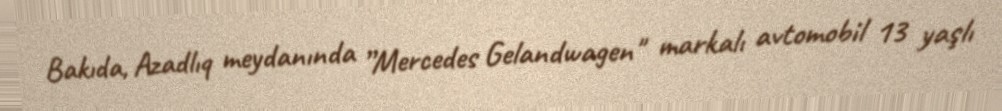
Bakıda, Azadlıq meydanında ”Mercedes Gelandwagen" markalı avtomobil 13 yaşlı